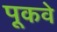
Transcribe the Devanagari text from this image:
पूकवे